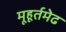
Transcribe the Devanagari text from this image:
मूहूर्तमेढ